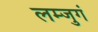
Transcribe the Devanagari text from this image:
लम्जुगं